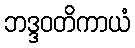
ဘဒ္ဒဝတိကာယံ